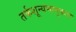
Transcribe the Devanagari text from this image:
तर्कशून्यभावुकता